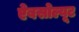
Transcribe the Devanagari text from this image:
ऐबसोल्यूट